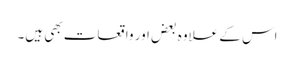
اس کے علاوہ بعض اور واقعات بھی ہیں۔